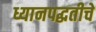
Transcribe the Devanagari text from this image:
ध्यानपद्धतीचे